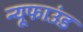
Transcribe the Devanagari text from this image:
न्यूफाउंड